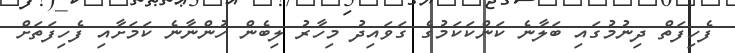
ފެހިފަތް ދިނުމުގައި ބަލާނެ ކަންކަކަމުގެ ގަވައިދު މިހާރު ލިބެން ހުންނާނެ ކަމަށާއި ފެހިފަތަށް